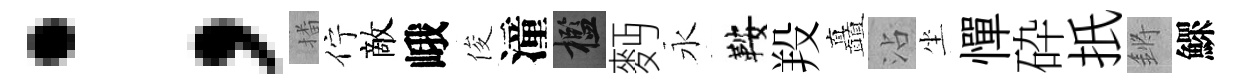
；播佇敵峨俊潼檻麪永鞍羖矗沾坐憚砕扺鏘鰥